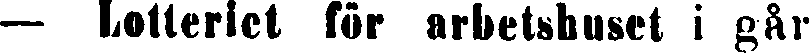
— Lotteriet för arbetshuset i går